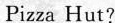
Pizza Hut?